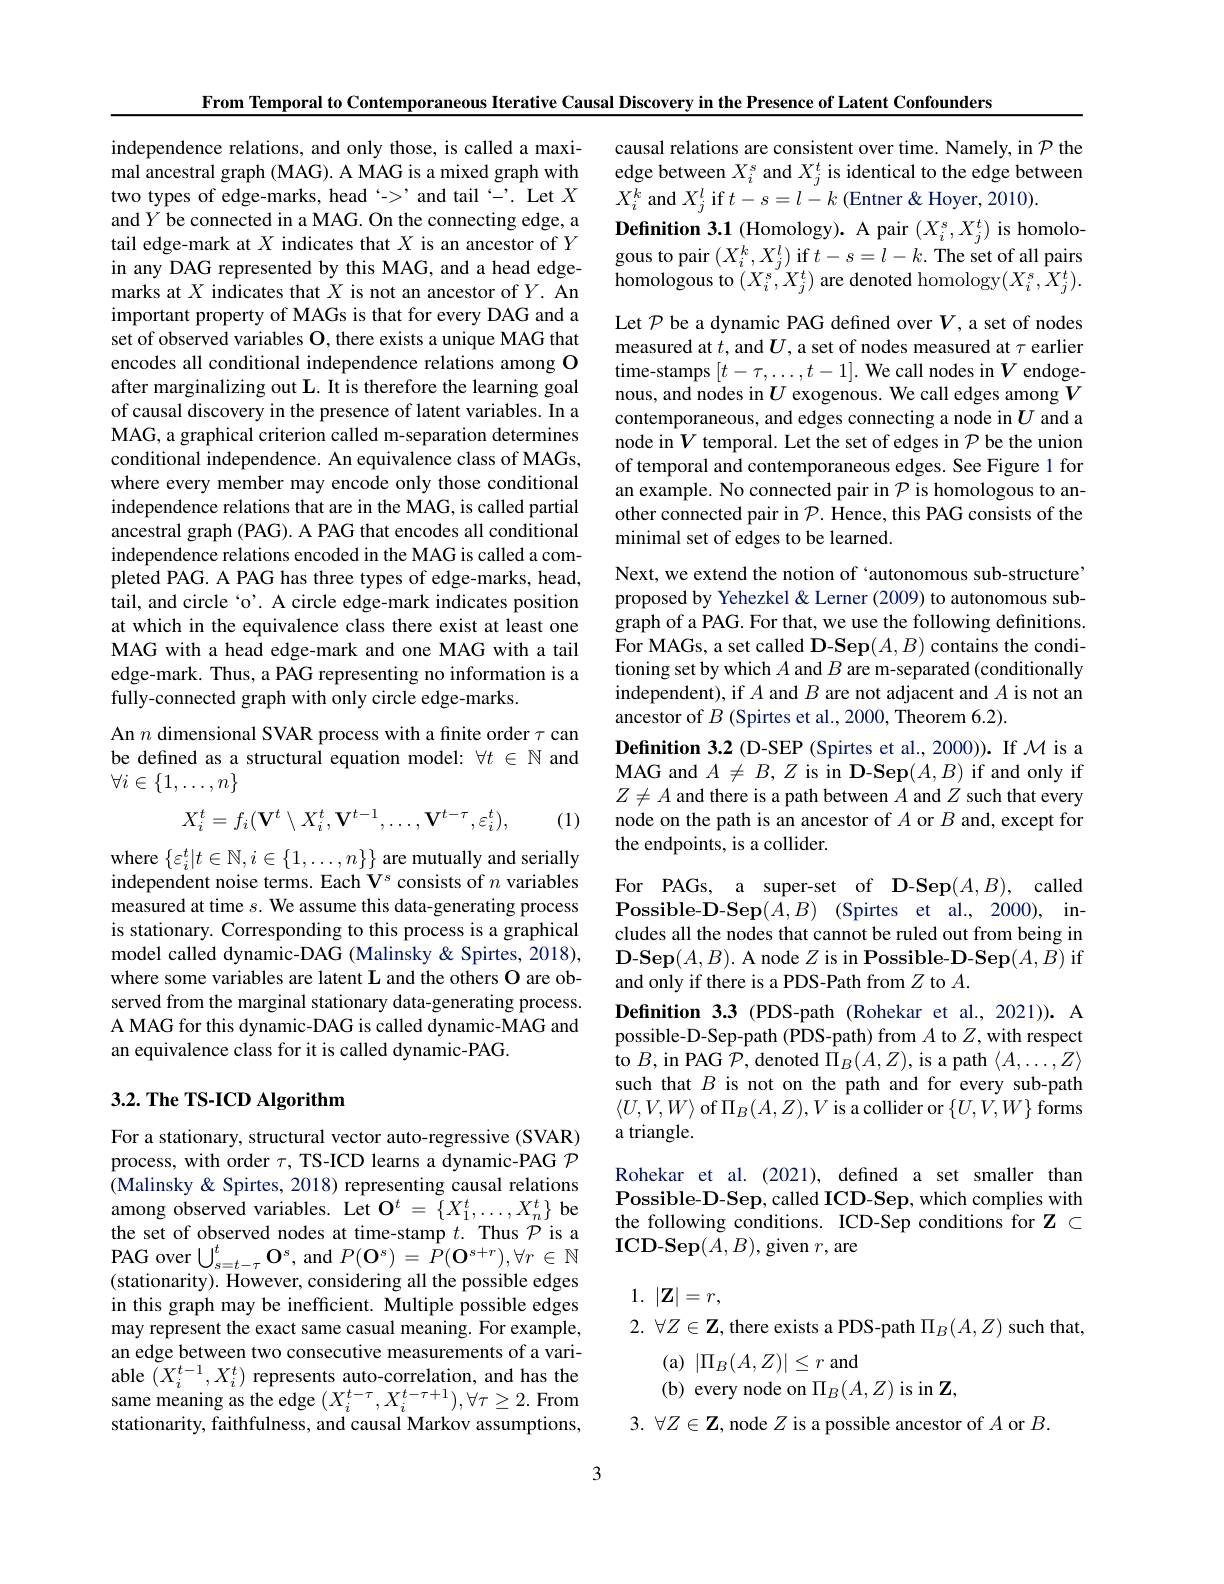
independence relations, and only those, is called a maximal ancestral graph (MAG). A MAG is a mixed graph with two types of edge-marks, head‘->’and tail‘-'. Let $X$ and $Y$ be connected in a MAG. On the connecting edge, a tail edge-mark at $X$ indicates that $X$ is an ancestor of $Y$ in any DAG represented by this MAG, and a head edgemarks at $X$ indicates that $X$ is not an ancestor of $Y.$ An important property of MAGs is that for every DAG and a set of observed variables O, there exists a unique MAG that encodes all conditional independence relations among O after marginalizing out L. It is therefore the learning goal of causal discovery in the presence of latent variables. In a MAG, a graphical criterion called m-separation determines conditional independence. An equivalence class of MAGs, where every member may encode only those conditional independence relations that are in the MAG, is called partial ancestral graph (PAG). A PAG that encodes all conditional independence relations encoded in the MAG is called a completed PAG. A PAG has three types of edge-marks, head, tail, and circle ‘o'. A circle edge-mark indicates position at which in the equivalence class there exist at least one MAG with a head edge-mark and one MAG with a tail edge-mark. Thus, a PAG representing no information is a fully-connected graph with only circle edge-marks.
An $n$ dimensional SVAR process with a finite order $\tau$ can

be defined as a structural equation model: $\forall t\in\mathbb{N}$ and
# $\forall i\in\{1,\ldots,n\}$
$$X_i^t=f_i(\mathbf{V}^t\setminus X_i^t,\mathbf{V}^{t-1},\ldots,\mathbf{V}^{t-\tau},\varepsilon_i^t),$$
(1)

where $\{\varepsilon_i^t|t\in\mathbb{N},i\in\{1,\ldots,n\}\}$ are mutually and serially independent noise terms. Each V$^s$ consists of $n$ variables measured at time $s.$ We assume this data-generating process is stationary. Corresponding to this process is a graphical model called dynamic-DAG (Malinsky & Spirtes, 2018), where some variables are latent L and the others O are observed from the marginal stationary data-generating process. A MAG for this dynamic-DAG is called dynamic-MAG and an equivalence class for it is called dynamic-PAG.

## $3. 2. \textbf{ The TS- ICD Algorithm}$

For a stationary, structural vector auto-regressive (SVAR) process, with order $\tau$, TS-ICD learns a dynamic-PAG $\mathcal{P}$ (Malinsky & Spirtes, 2018) representing causal relations among observed variables. Let $\mathbf{O}^t=\{X_1^t,\ldots,X_n^t\}$ be the set of observed nodes at time-stamp $t.$ Thus $\mathcal{P}$ is a PAG over $\bigcup _{s= t- \tau }^{t}\mathbf{O} ^{s}$,and$P(\mathbf{O}^{s})=\hat{P}(\mathbf{O}^{s+r}),\forall r\in\mathbb{N}$ (stationarity). However, considering all the possible edges in this graph may be inefficient. Multiple possible edges may represent the exact same casual meaning. For example, an edge between two consecutive measurements of a vari- $\begin{array}{l}{\mathrm{able~}(X_{i}^{t-1},X_{i}^{t})\text{ represents auto-correlation, and has the}}\\{\mathrm{same~meaning~as~the~edge~}(X_{i}^{t-\tau},X_{i}^{t-\tau+1}),\forall\tau\geq2.\mathrm{~From}}\end{array}$ stationarity, faithfulness, and causal Markov assumptions,

From Temporal to Contemporaneous Iterative Causal Discovery in the Presence of Latent Confounders
causal relations are consistent over time. Namely, in $\mathcal{P}$ the edge between $X_i^s$ and $X_j^t$ is identical to the edge between $X_{i}^{k}$ and $X_j^l$ if $t-s=l-k$ (Entner & Hoyer, 2010).
$\textbf{Definition 3. 1 ( Homology) . A pair }( X_{i}^{s}, X_{j}^{t})$is homologous to pair $(X_i^k,X_j^l)$ if $t-s=l-k.$ The set of all pairs homologous to $(X_i^s,X_j^t)$ are denoted homology$(X_i^s,X_j^t)$ Let $\mathcal{P}$ be a dynamic PAG defined over $V$, a set of nodes measured at $t$, and $\boldsymbol U$, a set of nodes measured at $\tau$ earlier $\begin{array}{l}\text{time-stamps}\left[t-\tau,\ldots,t-1\right].\text{We call nodes in}V\text{ endoge-}\\\text{nous, and nodes in}U\text{ exogenous. We call edges among }V\end{array}$ contemporaneous, and edges connecting a node in $U$ and a node in $V$ temporal. Let the set of edges in $\mathcal{P}$ be the union of temporal and contemporaneous edges. See Figure 1 for an example. No connected pair in $\mathcal{P}$ is homologous to another connected pair in $\mathcal{P}.$ Hence, this PAG consists of the minimal set of edges to be learned
Next, we extend the notion of `autonomous sub-structure' proposed by Yehezkel & Lerner (2009) to autonomous subgraph of a PAG. For that, we use the following definitions. For MAGs, a set called D-$\mathbf{Sep}(A,B)$ contains the conditioning set by which $A$ and $B$ are m-separated (conditionally independent), if $A$ and $B$ are not adjacent and $A$ is not an ancestor of $B$ (Spirtes et al., 2000, Theorem 6.2).
Definition 3.2 (D-SEP (Spirtes et al., 2000)). If $\mathcal{M}$ is a MAG and $A\neq B,Z$ is in D-Sep$(A,B)$ if and only if $Z\neq A$ and there is a path between $A$ and $Z$ such that every node on the path is an ancestor of $A$ or $B$ and, except for the endpoints, is a collider.
For PAGs, a super-set of D-Sep$(A,B)$, called Possible- D- Sep$( A, B)$ ( Spirtes et al. , 2000) , in- cludes all the nodes that cannot be ruled out from being in $\mathbf{D-Sep}(A,B).$ A node $Z$ is in Possible-D-Sep$(A,B)$ if and only if there is a PDS-Path from $Z$ to $A.$
Definition 3.3 (PDS-path (Rohekar et al.,2021)).A possible-D-Sep-path (PDS-path) from $A$ to $Z$,with respect to $B$,in PAG $\mathcal{P}$,denoted $\Pi_B(A,Z)$, is a path $\langle A,\ldots,Z\rangle$ such that $B$ is not on the path and for every sub-path $\langle U,V,W\rangle$ of $\Pi_B(A,Z),V$ is a collider or $\{U,V,W\}$ forms a triangle.
Rohekar et al. (2021), defined a set smaller than Possible-D-Sep, called ICD-Sep, which complies with the following conditions. ICD-Sep conditions for $\mathbf{Z}\subset$ ICD-Sep$(A,B)$,given $r$,are

1. $| \mathbf{Z} | = r$,

$2.\forall Z\in\mathbf{Z}$, there exists a PDS-path $\Pi_B(A,Z)$ such that
(a)$|\Pi_B(A,Z)|\leq r$and
(b) every node on $\Pi_B(A,Z)$ is in $\mathbf{Z}$,
3. $\forall Z\in\mathbf{Z}$, node $Z$ is a possible ancestor of $A$ or $B.$

3